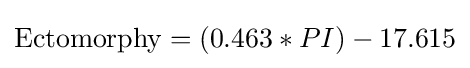
{\text{Ectomorphy}}=(0.463*PI)-17.615